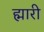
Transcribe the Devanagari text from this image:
ह्मारी